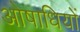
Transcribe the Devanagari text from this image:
ओषाधियों